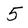
Character: 5